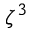
\zeta ^ { 3 }